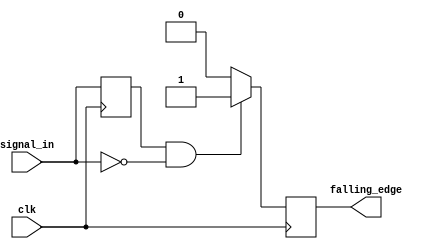
module falling_edge_detector (
    input wire clk,          // Clock signal
    input wire signal_in,    // Input signal
    output reg falling_edge  // Output pulse for falling edge detection
);

    // Internal register to hold the previous state of signal_in
    reg prev_signal;

    // Synchronous process triggered on the rising edge of clk
    always @(posedge clk) begin
        // Falling edge detection logic
        falling_edge <= (prev_signal == 1'b1 && signal_in == 1'b0) ? 1'b1 : 1'b0; 
        
        // Update prev_signal with the current signal_in state
        prev_signal <= signal_in;
    end

endmodule